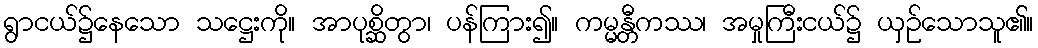
ရွာငယ်၌နေသော သဋ္ဌေးကို။ အာပုစ္ဆိတွာ၊ ပန်ကြား၍။ ကမ္မန္တီကဿ၊ အမှုကြီးငယ်၌ ယှဉ်သောသူ၏။